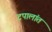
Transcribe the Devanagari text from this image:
टपालांत